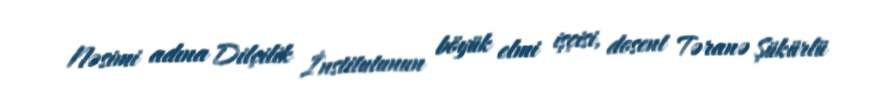
Nəsimi adına Dilçilik İnstitutunun böyük elmi işçisi, dosent Təranə Şükürlü